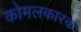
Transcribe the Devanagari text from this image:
कोमलकारक